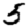
Digit: 5